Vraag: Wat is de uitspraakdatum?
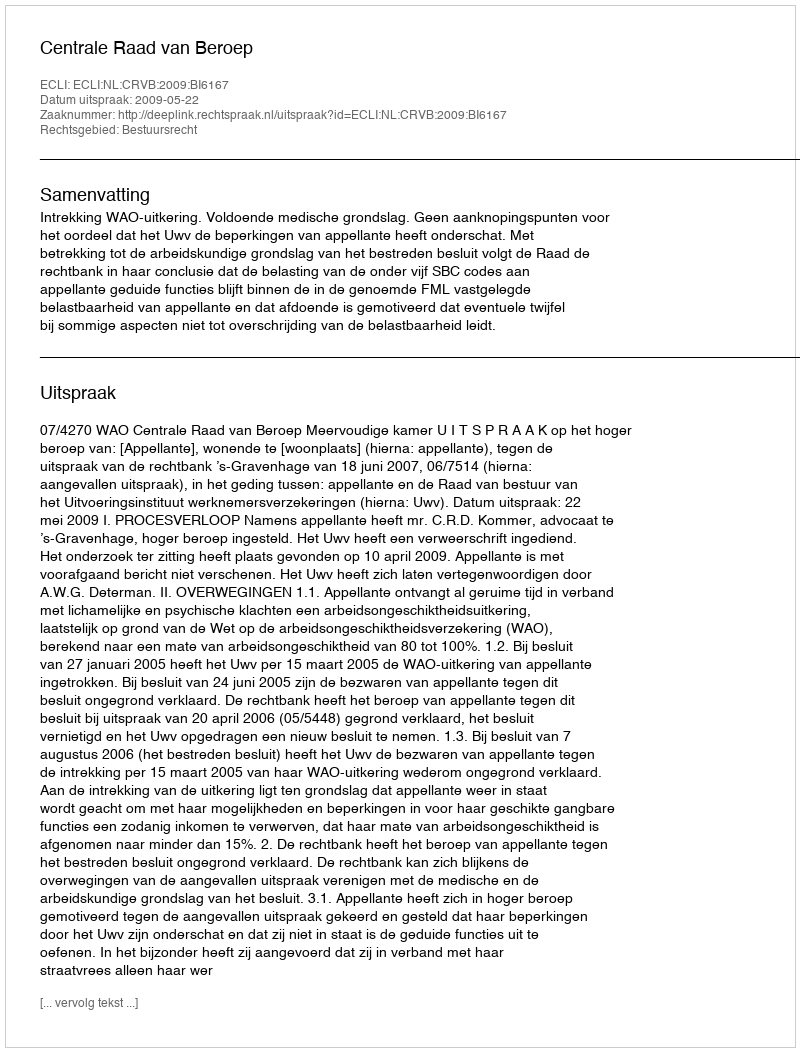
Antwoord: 2009-05-22